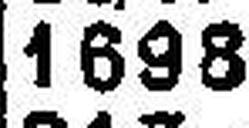
1698